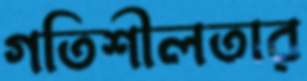
গতিশীলতার